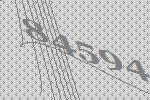
84594